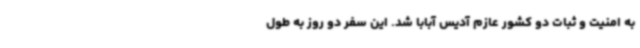
به امنیت و ثبات دو کشور عازم آدیس آبابا شد. این سفر دو روز به طول